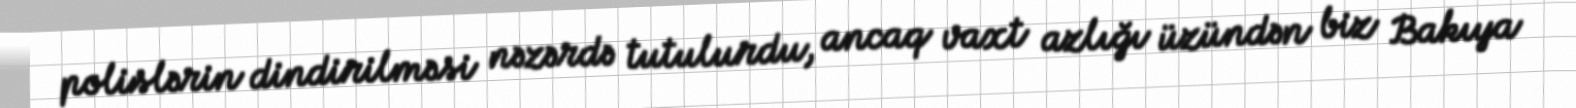
polislərin dindirilməsi nəzərdə tutulurdu, ancaq vaxt azlığı üzündən biz Bakıya